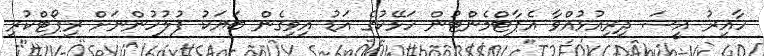
ހާއިރު އީސަ ދިރިއުޅުއްވާ އެޕާޓްމެންޓުން ހަޅޭކުގެ އަޑު އިވިގެން ބަޔަކު ފުލުހުންނަށް ރިޕޯޓްކުރި